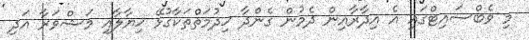
މި ވެބްސައިޓްގައި އެ އިދާރާއިން ދެމުން ގެންދާ ޚިދުމަތްތަކާގުޅޭ ޚިޔާލާއި މަޝްވަރާ އަދި